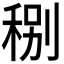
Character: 𥞲